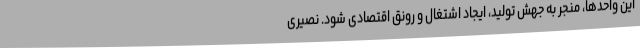
این واحدها، منجر به جهش تولید، ایجاد اشتغال و رونق اقتصادی شود. نصیری